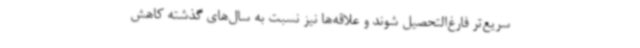
سریع‌تر فارغ‌التحصیل شوند و علاقه‌ها نیز نسبت به سال‌های گذشته کاهش